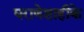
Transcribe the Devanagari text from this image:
घराणेशाहीके